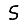
Digit: 5